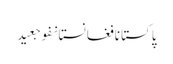
پاکستانافغانستانفوجعید